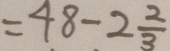
= 4 8 - 2 \frac { 2 } { 3 }